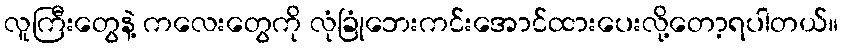
လူကြီးတွေနဲ့ ကလေးတွေကို လုံခြုံဘေးကင်းအောင်ထားပေးလို့တော့ရပါတယ်။